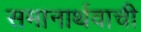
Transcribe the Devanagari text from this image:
समानार्थवाची